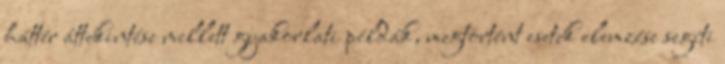
háttér áttekintése mellett gyakorlati példák, megtörtént esetek elemzése segíti